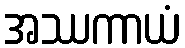
အဿကာယံ